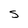
Character: S